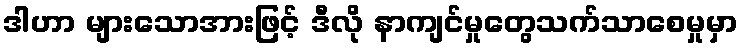
ဒါဟာ များသောအားဖြင့် ဒီလို နာကျင်မှုတွေသက်သာစေမှုမှာ